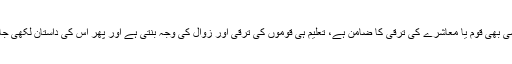
تعلیم کسی بھی قوم یا معاشرے کی ترقی کا ضامن ہے، تعلیم ہی قوموں کی ترقی اور زوال کی وجہ بنتی ہے اور پھر اس کی داستان لکھی جاتی ہے۔